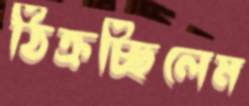
ঠিক্‌রচ্ছিলেম